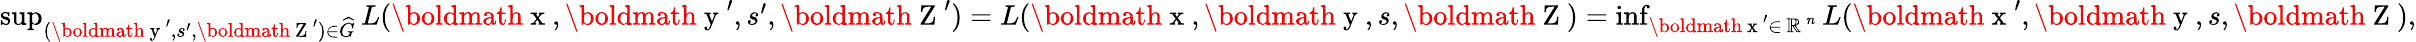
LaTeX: \begin{array}{r}{\operatorname*{sup}_{(\mathrm{\boldmath~y~}^{\prime},s^{\prime},\mathrm{\boldmath~Z~}^{\prime})\in\widehat{G}}L(\mathrm{\boldmath~x~},\mathrm{\boldmath~y~}^{\prime},s^{\prime},\mathrm{\boldmath~Z~}^{\prime})=L(\mathrm{\boldmath~x~},\mathrm{\boldmath~y~},s,\mathrm{\boldmath~Z~})=\operatorname*{inf}_{\mathrm{\boldmath~x~}^{\prime}\in\mathrm{~\mathbb{R}~}^{n}}L(\mathrm{\boldmath~x~}^{\prime},\mathrm{\boldmath~y~},s,\mathrm{\boldmath~Z~}),}\end{array}